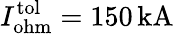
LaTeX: I_{\mathrm{ohm}}^{\mathrm{tol}}=150\, \mathrm{kA}